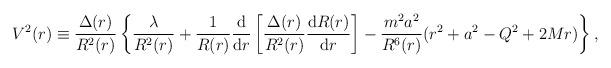
LaTeX: \begin{align*}V^2(r) \equiv {\Delta (r) \over R^2 (r) }\left\{ \frac{\lambda }{R^{2}(r)} + \frac{1}{R(r)} \frac{\mbox{d}}{\mbox{d} r}\left[ \frac{\Delta (r)}{R^2(r)}\frac{\mbox{d} R(r)}{\mbox{d}r} \right]- {m^2 a^2 \over R^6 (r) }(r^2 + a^2 - Q^2 + 2 M r)\right\} ,\end{align*}